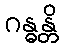
ဂန္ဓန္တိ